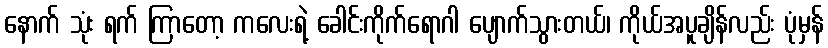
နောက် သုံး ရက် ကြာတော့ ကလေးရဲ့ ခေါင်းကိုက်ရောဂါ ပျောက်သွားတယ်၊ ကိုယ်အပူချိန်လည်း ပုံမှန်